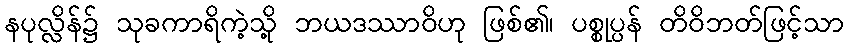
နပုလ္လိန်၌ သုခကာရိကဲ့သို့ ဘယဒဿာဝိဟု ဖြစ်၏၊ ပစ္စုပ္ပန် တိဝိဘတ်ဖြင့်သာ